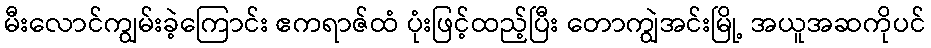
မီးလောင်ကျွမ်းခဲ့ကြောင်း ဧကရာဇ်ထံ ပုံးဖြင့်ထည့်ပြီး တောကျွဲအင်းမြို့ အယူအဆကိုပင်